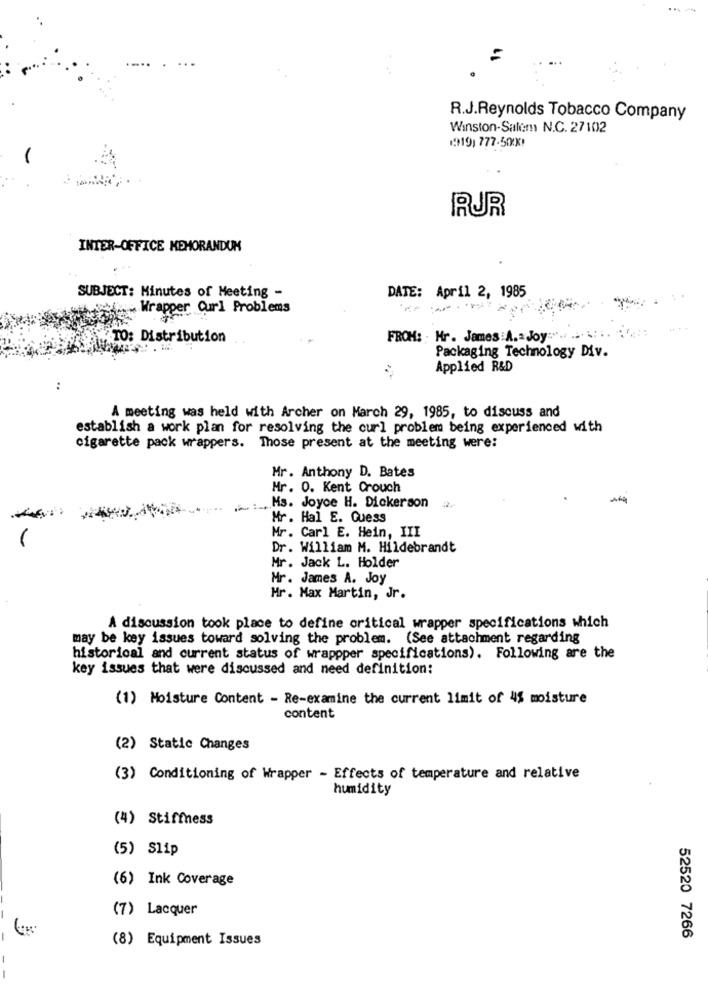
=
R.J.Reynolds Tobacco Company
Winston-Salem N.C. 27102
19919) 777.500X1
RUR
INTER-OFFICE MEMORANDUM
SUBJECT: Minutes of Meeting -
DATE: April 2, 1985
Stix : Wrapper Curl Problems
TO: Distribution
FROM: Mr. James:A. = Joy:
Packaging Technology Div.
Applied R&D
:
A meeting was held with Archer on March 29, 1985, to discuss and
establish a work plan for resolving the curl problem being experienced with
cigarette pack wrappers. Those present at the meeting were:
Mr. Anthony D. Bates
Mr. O. Kent Crouch
: MS. Joyce H. Dickerson
Mr. Hal E. Guess
Mr. Carl E. Hein, III
Dr. William M. Hildebrandt
Mr. Jack L. Holder
Mr. James A. Joy
Mr. Max Martin, Jr.
A discussion took place to define critical wrapper specifications which
may be key issues toward solving the problem. (See attachment regarding
historical and current status of wrappper specifications). Following are the
key issues that were discussed and need definition:
(1) Moisture Content - Re-examine the current limit of 45 moisture
content
(2) Static Changes
(3) Conditioning of Wrapper - Effects of temperature and relative
humidity
(4) Stiffness
(5) Slip
(6) Ink Coverage
(7) Lacquer
(8) Equipment Issues
52520 7266
--